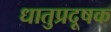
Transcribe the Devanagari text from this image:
धातुप्रदूषक